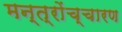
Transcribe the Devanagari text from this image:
मन्त्रोंच्चारण